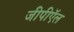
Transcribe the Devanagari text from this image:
जीपीऍल